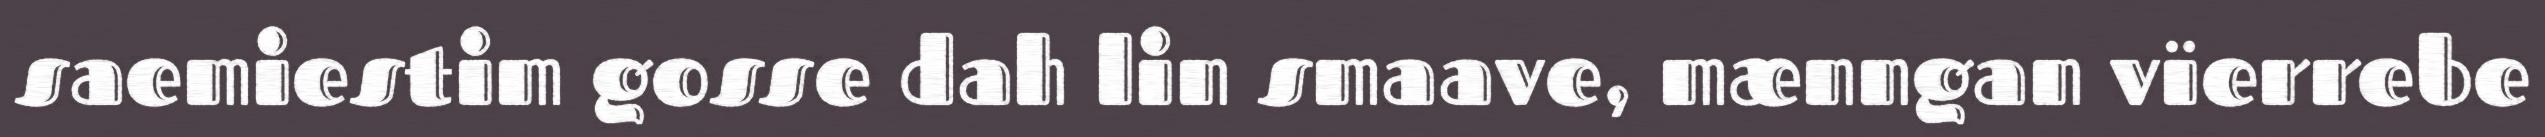
saemiestim gosse dah lin smaave, mænngan vïerrebe